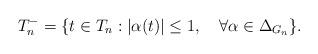
LaTeX: \begin{align*}T_n^-=\{t\in T_n:|\alpha(t)|\leq1,\quad\forall\alpha\in\Delta_{G_n}\}.\end{align*}